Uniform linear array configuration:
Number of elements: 12
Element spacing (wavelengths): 0.75
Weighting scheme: kaiser
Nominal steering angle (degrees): -60
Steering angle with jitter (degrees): -60.061
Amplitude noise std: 0.05
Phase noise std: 0.05

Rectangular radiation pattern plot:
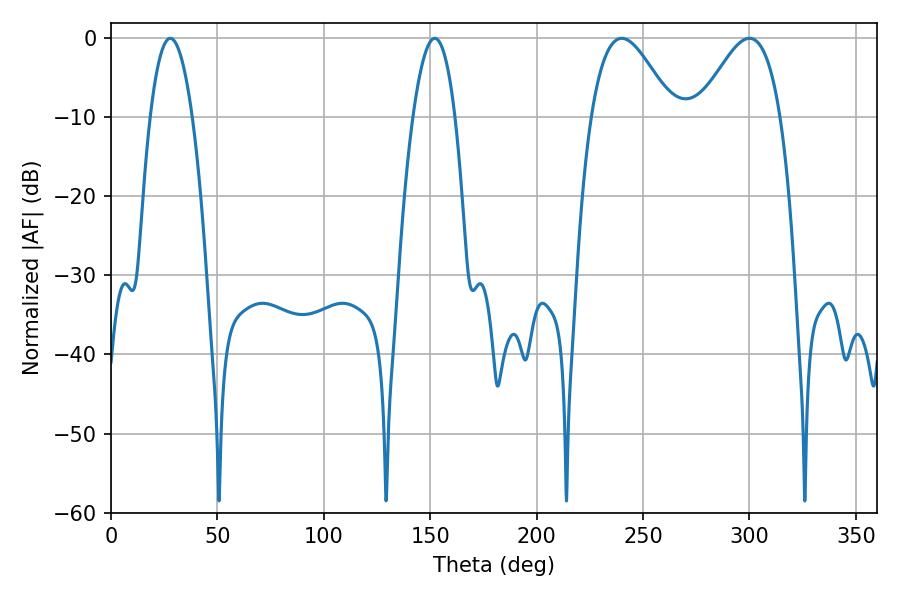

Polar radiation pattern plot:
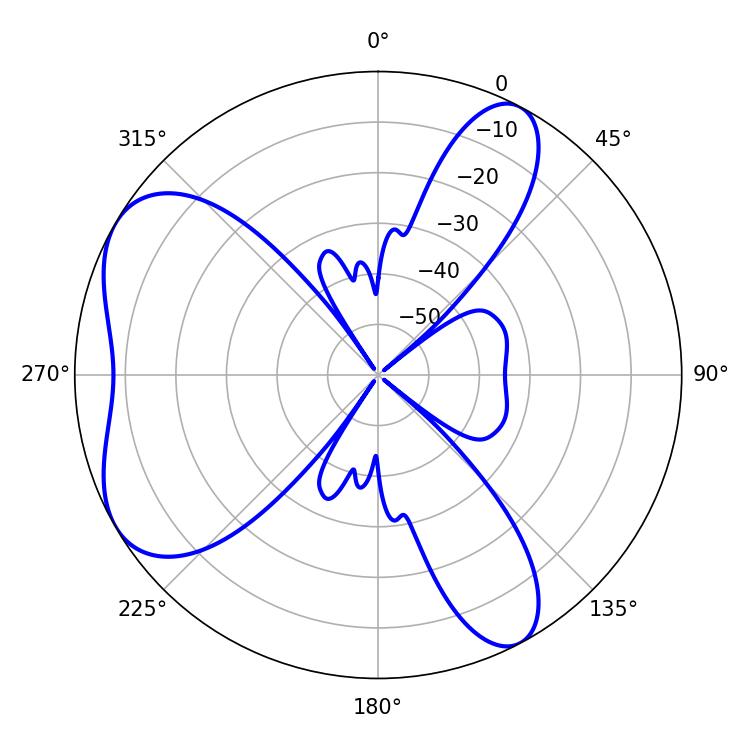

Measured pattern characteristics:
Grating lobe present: TRUE
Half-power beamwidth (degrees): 20.52
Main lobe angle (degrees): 239.94